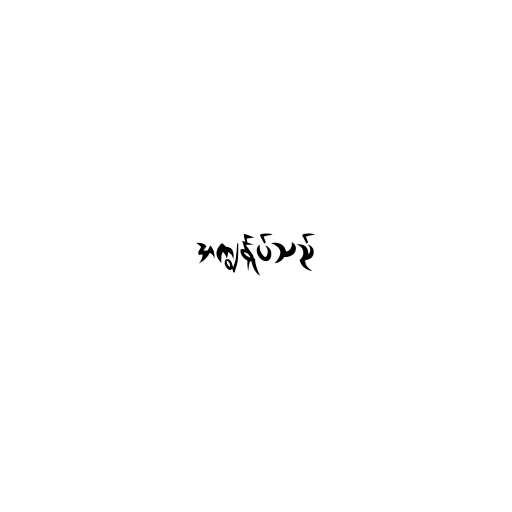
အကျွန်ုပ်သည်